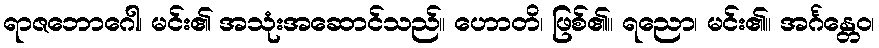
ရာဇဘောဂေါ၊ မင်း၏ အသုံးအဆောင်သည်။ ဟောတိ၊ ဖြစ်၏။ ရညော၊ မင်း၏။ အင်္ဂန္တေဝ၊